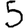
Digit: 5